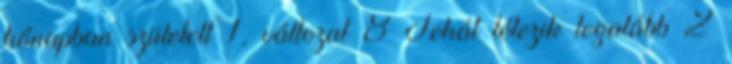
hónapban született 1. változat 8 Tehát létezik legalább 2